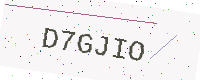
Text: D7GJIO